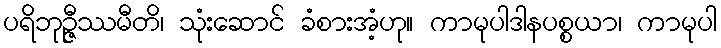
ပရိဘုဉ္ဇီဿမီတိ၊ သုံးဆောင် ခံစားအံ့ဟု။ ကာမုပါဒါနပစ္စယာ၊ ကာမုပါ